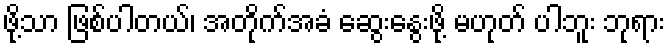
ဖို့သာ ဖြစ်ပါတယ်၊ အတိုက်အခံ ဆွေးနွေးဖို့ မဟုတ် ပါဘူး ဘုရား